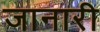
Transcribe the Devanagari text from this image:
जानारी